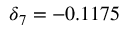
\delta _ { 7 } = - 0 . 1 1 7 5